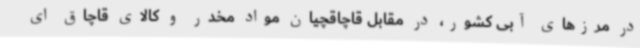
در مرزهای آبی کشور، در مقابل قاچاقچیان مواد مخدر و کالای قاچاق ای